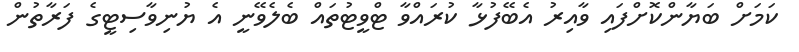
ކަމަށް ބަޔާންކޮށްފައި ވާއިރު އެބޭފުޅާ ކުރައްވާ ޓްވީޓުތައް ބެލެވޭނީ އެ ޔުނިވާސިޓީގެ ފަރާތުން